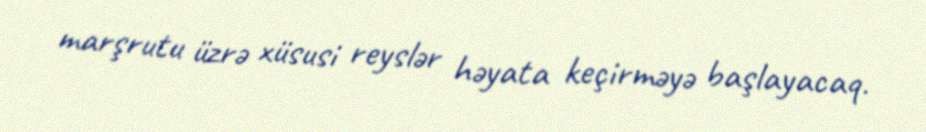
marşrutu üzrə xüsusi reyslər həyata keçirməyə başlayacaq.